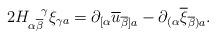
LaTeX: \begin{align*}2H_{\alpha \overline{\beta}}^{\, \, \, \, \, \, \gamma}\xi_{\gamma a} =\partial_{[\alpha}\overline{u}_{\overline{\beta}]a}-\partial_{(\alpha}\overline{\xi}_{\overline{\beta})a} .\end{align*}